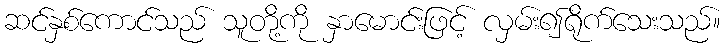
ဆင်နှစ်ကောင်သည် သူတို့ကို နှာမောင်းဖြင့် လှမ်း၍ရိုက်သေးသည်။